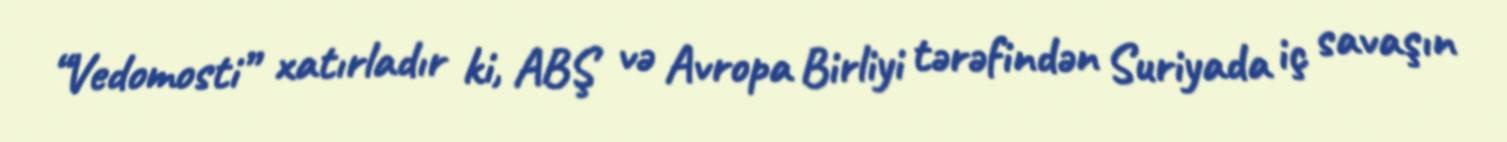
“Vedomosti” xatırladır ki, ABŞ və Avropa Birliyi tərəfindən Suriyada iç savaşın